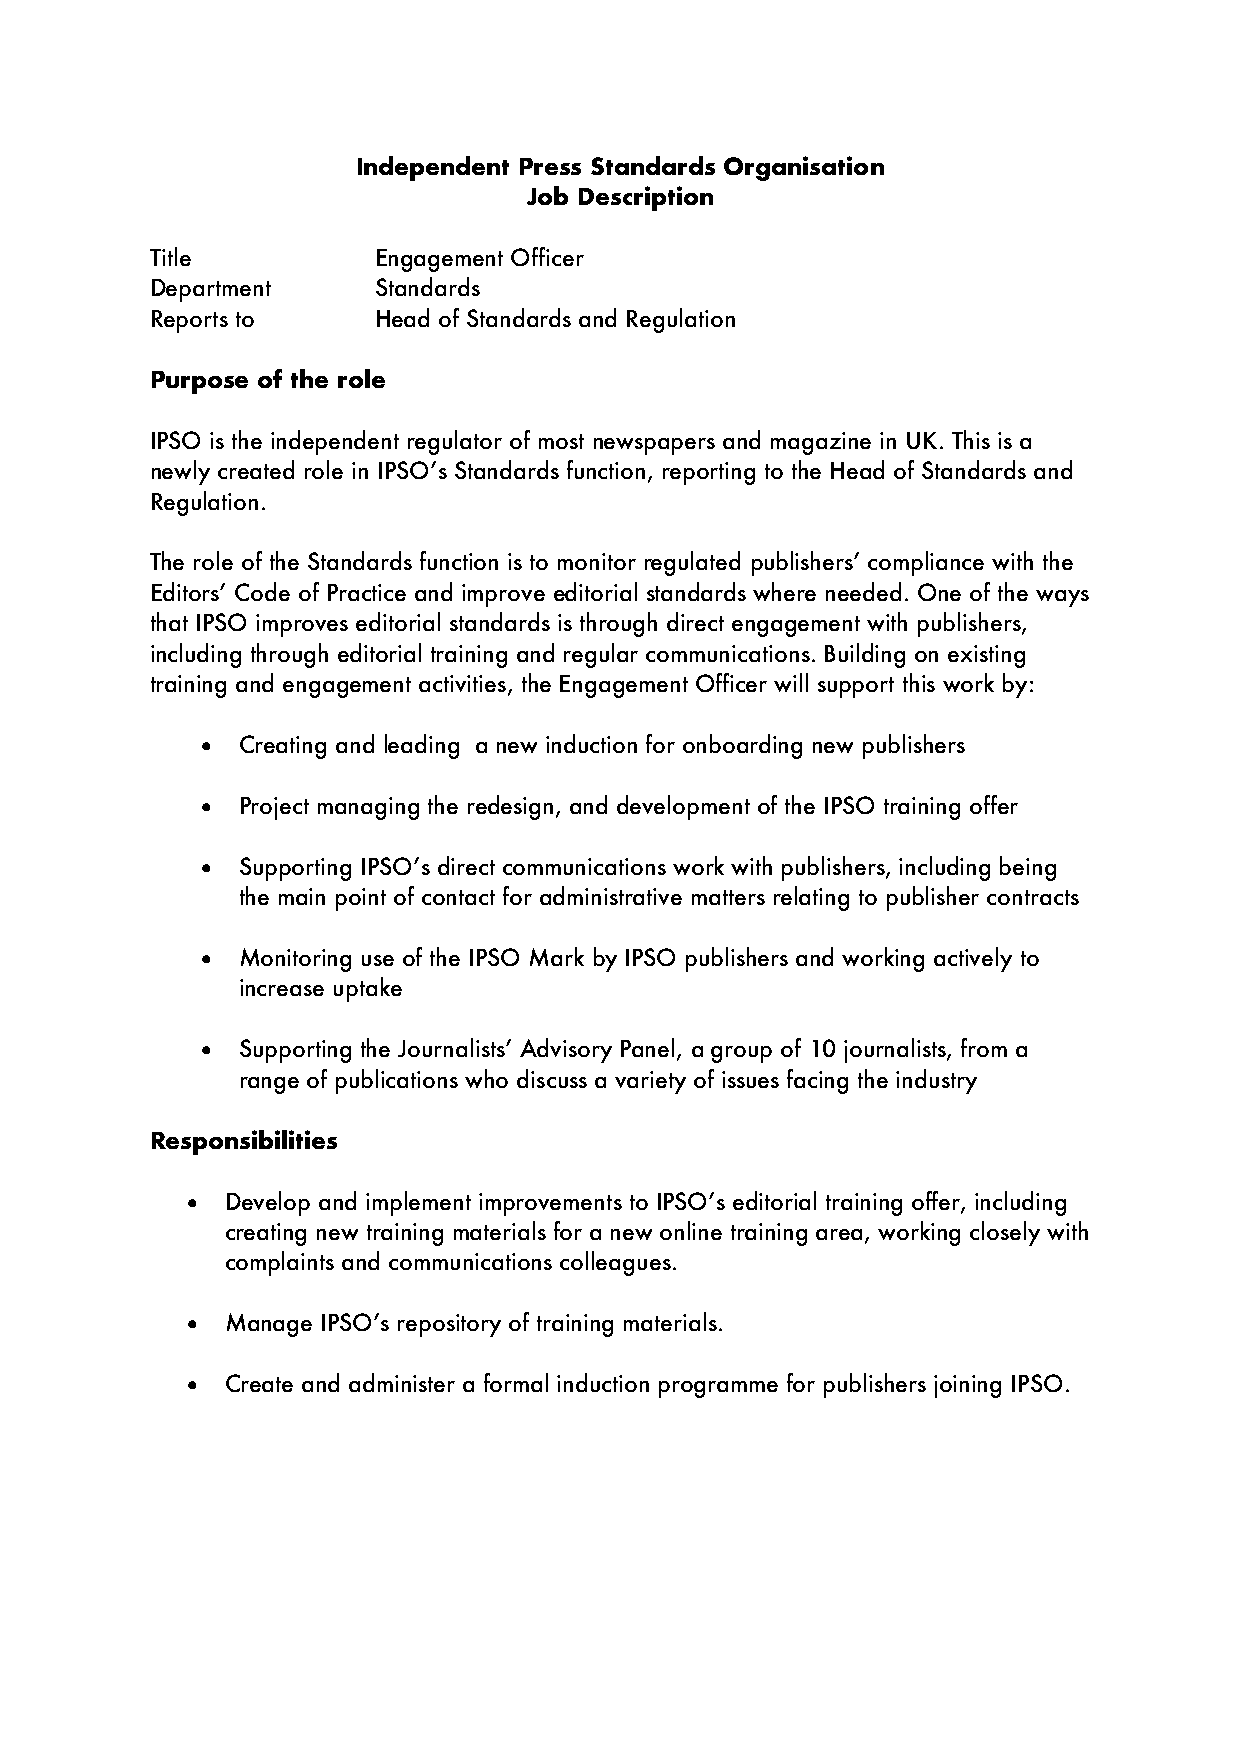
Independent Press Standards Organisation
 Job Description
 Title          Engagement Officer
 Department     Standards
 Reports to     Head of Standards and Regulation
 Purpose of the role
 IPSO is the independent regulator of most newspapers and magazine in UK. This is a
 newly created role in IPSO’s Standards function, reporting to the Head of Standards and
 Regulation.
 The role of the Standards function is to monitor regulated publishers’ compliance with the
 Editors’ Code of Practice and improve editorial standards where needed. One of the ways
 that IPSO improves editorial standards is through direct engagement with publishers,
 including through editorial training and regular communications. Building on existing
 training and engagement activities, the Engagement Officer will support this work by:
 •  Creating and leading a new induction for onboarding new publishers
 •  Project managing the redesign, and development of the IPSO training offer
 •  Supporting IPSO’s direct communications work with publishers, including being
 the main point of contact for administrative matters relating to publisher contracts
 •  Monitoring use of the IPSO Mark by IPSO publishers and working actively to
 increase uptake
 •  Supporting the Journalists’ Advisory Panel, a group of 10 journalists, from a
 range of publications who discuss a variety of issues facing the industry
 Responsibilities
 •  Develop and implement improvements to IPSO’s editorial training offer, including
 creating new training materials for a new online training area, working closely with
 complaints and communications colleagues.
 •  Manage IPSO’s repository of training materials.
 •  Create and administer a formal induction programme for publishers joining IPSO.